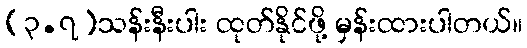
(၃.၇)သန်းနီးပါး ထုတ်နိုင်ဖို့ မှန်းထားပါတယ်။